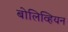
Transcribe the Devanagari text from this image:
बोलिव्हियन